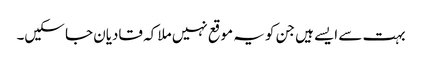
بہت سے ایسے ہیں جن کو یہ موقع نہیں ملا کہ قادیان جا سکیں۔